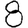
Digit: 8